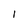
Character: 1